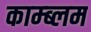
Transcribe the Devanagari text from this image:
काम्ब्लम